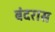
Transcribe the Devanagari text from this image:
बंदरास